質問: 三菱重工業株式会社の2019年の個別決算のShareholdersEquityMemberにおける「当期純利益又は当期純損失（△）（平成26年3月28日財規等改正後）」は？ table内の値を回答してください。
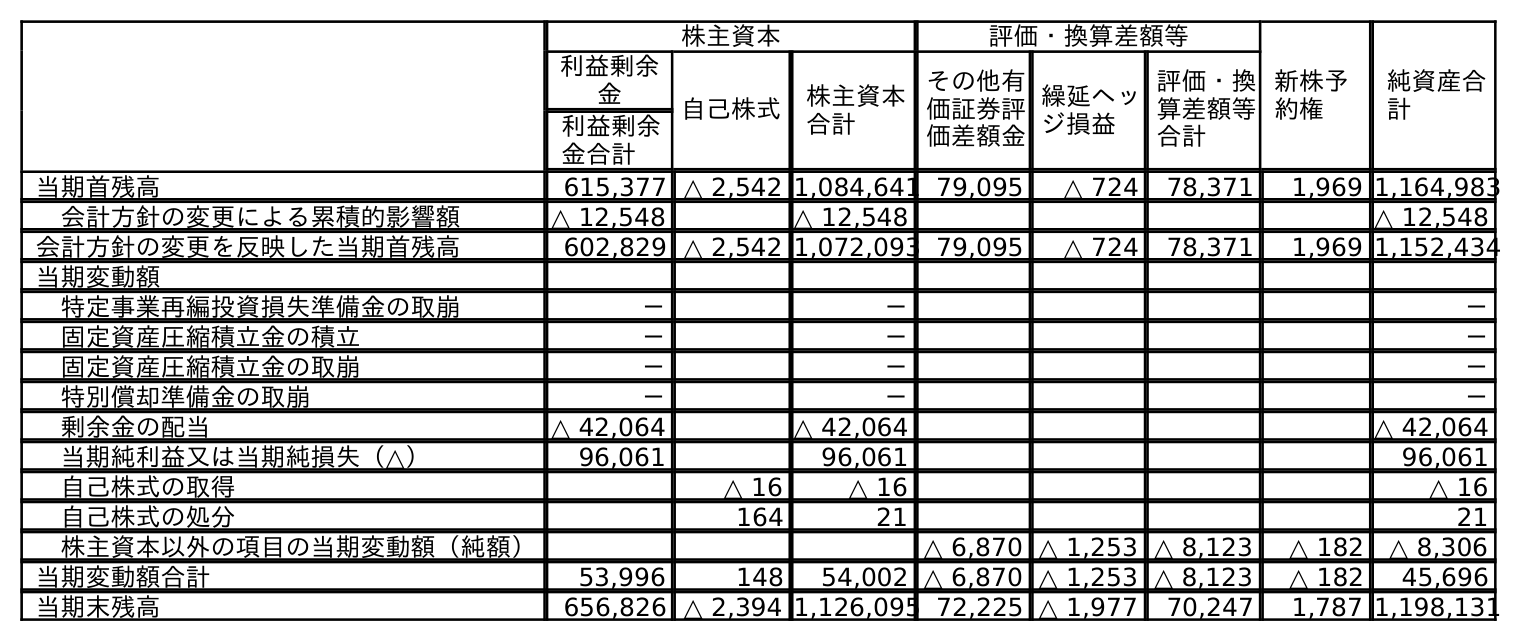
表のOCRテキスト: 株主資本 評価・換算差額等 新株予 約権 純資産合 計 利益剰余 金 自己株式 株主資本 合計 その他有 価証券評 価差額金 繰延ヘッ ジ損益 評価・換 算差額等 合計 利益剰余 金合計 当期首残高 615,377 △ 2,542 1,084,641 79,095 △ 724 78,371 1,969 1,164,983 会計方針の変更による累積的影響額 △ 12,548 △ 12,548 △ 12,548 会計方針の変更を反映した当期首残高 602,829 △ 2,542 1,072,093 79,095 △ 724 78,371 1,969 1,152,434 当期変動額 特定事業再編投資損失準備金の取崩 － － － 固定資産圧縮積立金の積立 － － － 固定資産圧縮積立金の取崩 － － － 特別償却準備金の取崩 － － － 剰余金の配当 △ 42,064 △ 42,064 △ 42,064 当期純利益又は当期純損失（△） 96,061 96,061 96,061 自己株式の取得 △ 16 △ 16 △ 16 自己株式の処分 164 21 21 株主資本以外の項目の当期変動額（純額） △ 6,870 △ 1,253 △ 8,123 △ 182 △ 8,306 当期変動額合計 53,996 148 54,002 △ 6,870 △ 1,253 △ 8,123 △ 182 45,696 当期末残高 656,826 △ 2,394 1,126,095 72,225 △ 1,977 70,247 1,787 1,198,131
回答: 96,061